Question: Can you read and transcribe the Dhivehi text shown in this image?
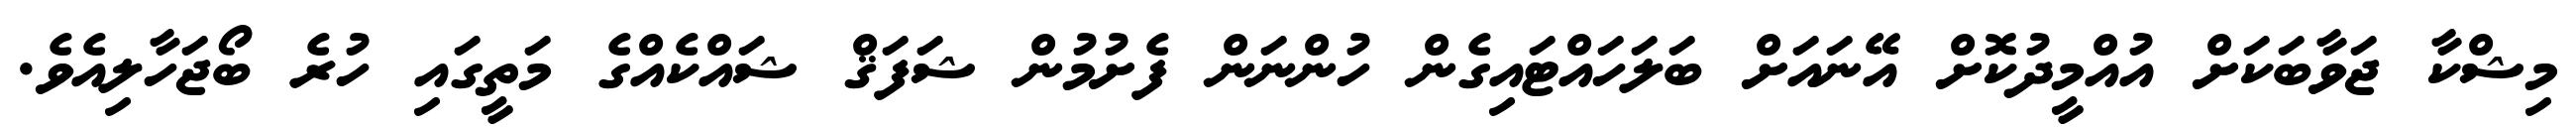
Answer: މިޝްކާ ޖަވާބަކަށް އުއްމީދުކޮށް އޭނައަށް ބަލަހައްޓައިގެން ހުންނަން ފެށުމުން ޝަފަޤް ޝައްކެއްގެ މަތީގައި ހުރެ ބޯޖަހާލިއެވެ.